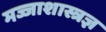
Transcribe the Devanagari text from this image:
मज्जाशास्त्रज्ञ